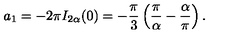
a _ { 1 } = - 2 \pi I _ { 2 \alpha } ( 0 ) = - \frac { \pi } { 3 } \left( \frac { \pi } { \alpha } - \frac { \alpha } { \pi } \right) { . }